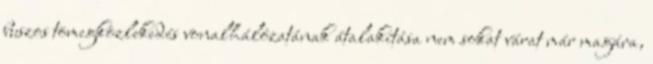
buszos tömegközlekedés vonalhálózatának átalakítása nem sokat várat már magára,